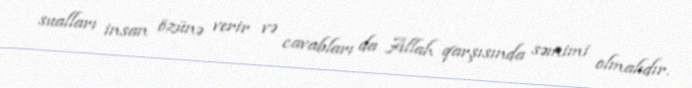
sualları insan özünə verir və cavabları da Allah qarşısında səmimi olmalıdır.